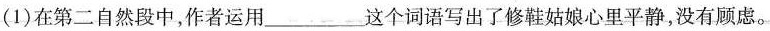
〔1)在第二自然段中，作者运用________这个词语写出了修鞋姑娘心里平静，没有顾虑。